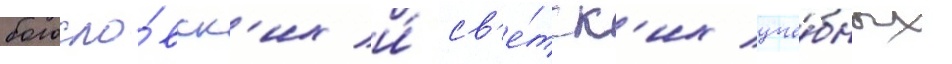
богосло́вск'их и́ св'е́тск'их уче́бных